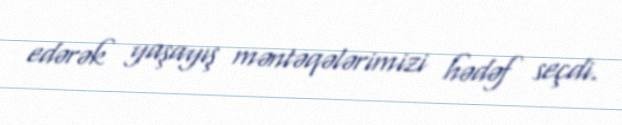
edərək yaşayış məntəqələrimizi hədəf seçdi.